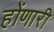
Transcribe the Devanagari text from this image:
होंणारी